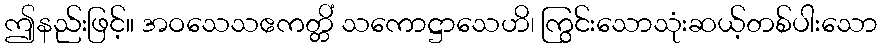
ဤနည်းဖြင့်။ အဝသေသဧကတ္တိံ သကောဋ္ဌာသေဟိ၊ ကြွင်းသောသုံးဆယ့်တစ်ပါးသော